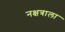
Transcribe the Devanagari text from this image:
नक्षत्राला